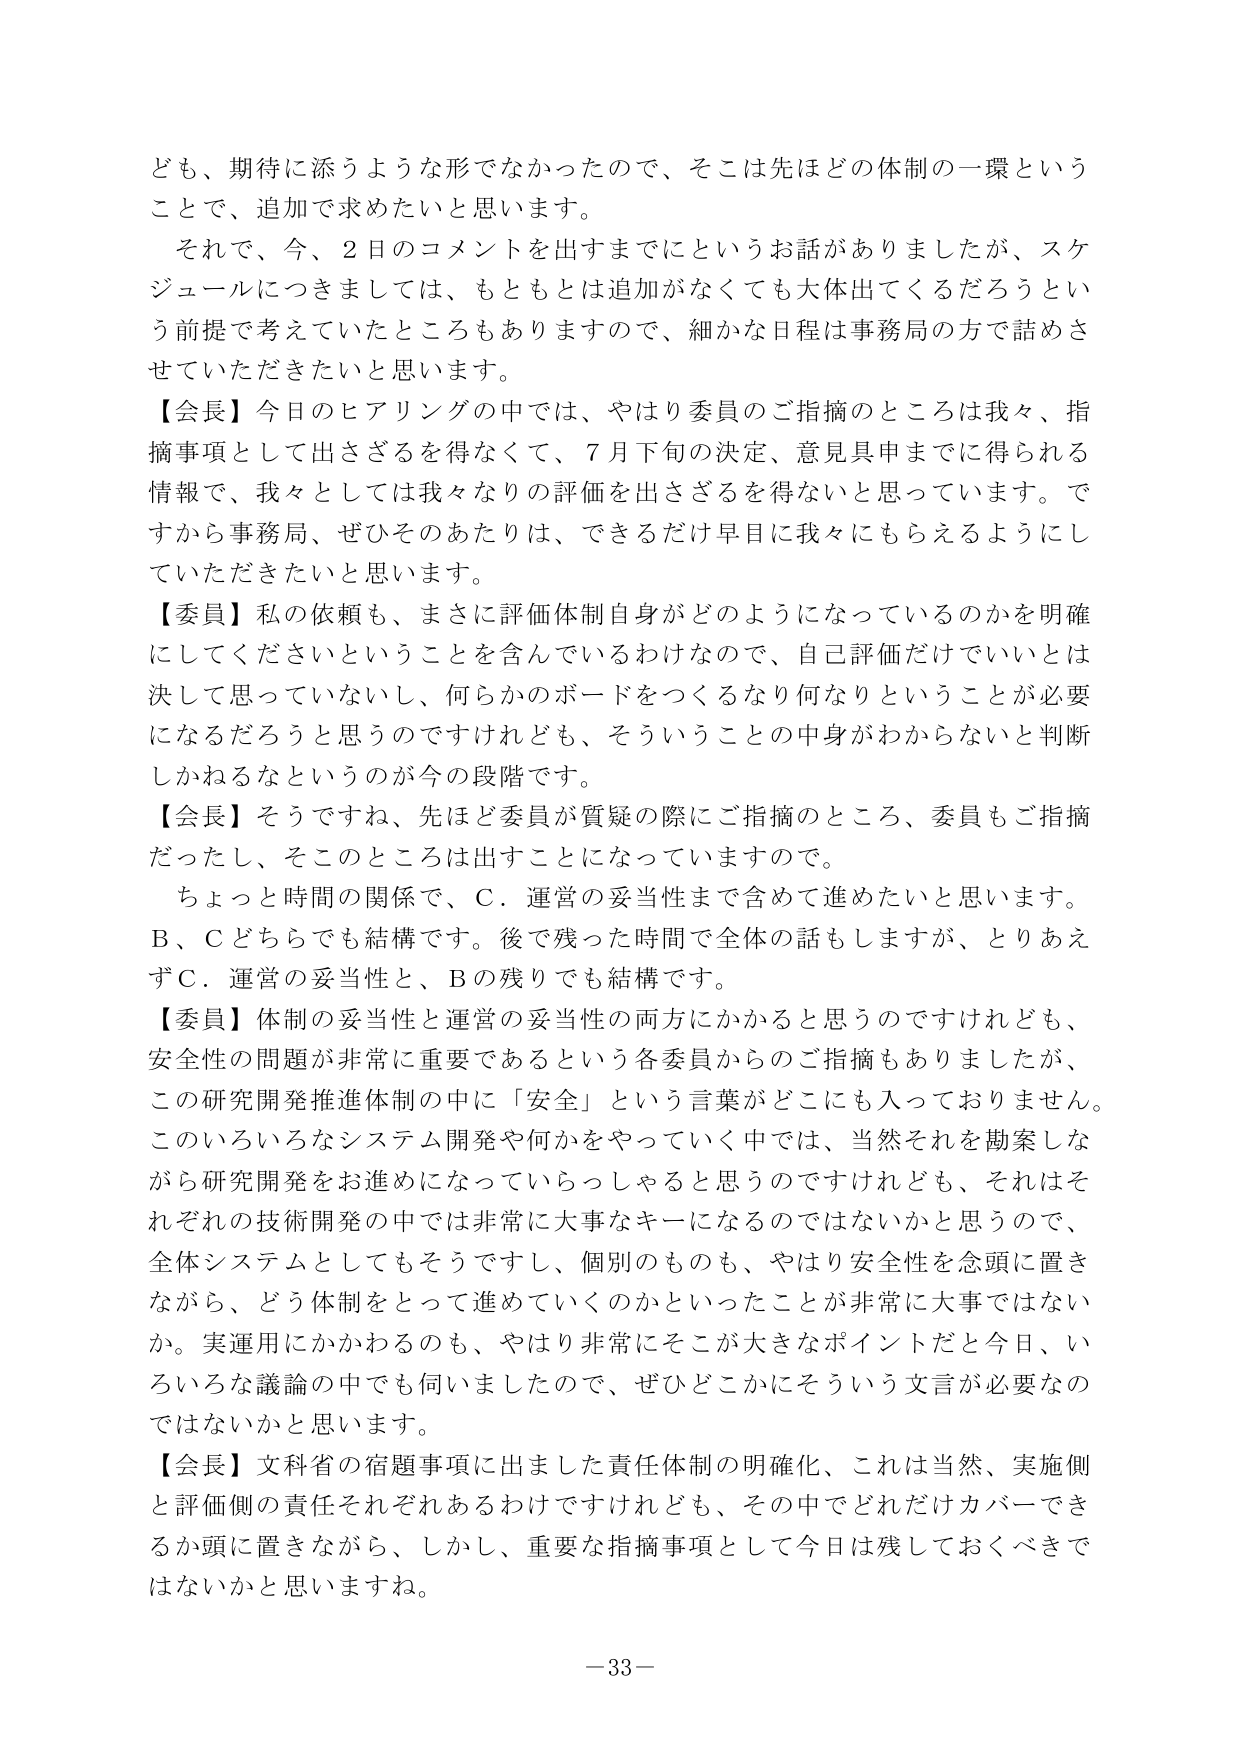
ども、期待に添うような形でなかったので、そこは先ほどの体制の一環ということで、追加で求めたいと思います。

それで、今、2日のコメントを出すまでにというお話がありましたか、スケジュールにつきましては、もともとは追加がなくても大体出てくるだろうという前提で考えていたところもありますので、細かな日程は事務局の方で詰めさせていただきたいと思います。

【会長】今日のヒアリングの中では、やはり委員のご指摘のところは我々、指摘事項として出さざるを得なくて、7月下旬の決定、意見具申までに得られる情報で、我々としては我々なりの評価を出さざるを得ないと思っています。ですから事務局、ぜひそのあたりは、できるだけ早目に我々にもらえるようにしていただきたいと思います。

【委員】私の依頼も、まさに評価体制自身がどのようになっているのかを明確にしてくださいということを含んでいるわけなので、自己評価だけでいいとは決して思っていないし、何らかのボードをつくるなり何なりということが必要になるだろうと思うのですけれども、そういうことの中身がわからないと判断しかねるなというのが今の段階です。

【会長】そうですね、先ほど委員が質疑の際にご指摘のところ、委員もご指摘だったし、そのところは出すことになっていますので。

ちょっと時間の関係で、C．運営の妥当性まで含めて進めたいと思います。B、Cどちらでも結構です。後で残った時間で全体の話もしますが、とりあえずC．運営の妥当性と、Bの残りでも結構です。

【委員】体制の妥当性と運営の妥当性の両方にかかると思うのですけれども、安全性の問題が非常に重要であるという各委員からのご指摘もありましたが、この研究開発推進体制の中に「安全」という言葉がどこにも入っておりません。このいろいろなシステム開発や何かをやっていく中では、当然それを勘案しながら研究開発をお進めになっていらっしゃると思うのですけれども、それはそれぞれの技術開発の中では非常に大事なキーになるのではないかと思うので、全体システムとしてもそうですし、個別のものも、やはり安全性を念頭に置きながら、どう体制をとって進めていくのかといったことが非常に大事ではないか。実運用にかかわるのも、やはり非常にそこが大きなポイントだと今日、いろいろな議論の中でも伺いましたので、ぜひどこかにそういう文言が必要なのではないかと思います。

【会長】文科省の宿題事項に出ました責任体制の明確化、これは当然、実施側と評価側の責任それぞれあるわけですがけれども、その中でどれだけカバーできるか頭に置きながら、しかし、重要な指摘事項として今日は残しておくべきではないかと思いますね。

－33－